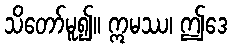
သိတော်မူ၍။ ဣမဿ၊ ဤဒေ